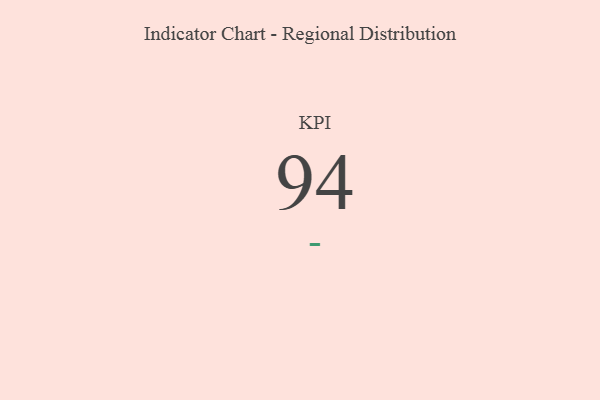
{"axis": {"x": "KPI", "y": "Value"}, "legend": [""], "data": [{"x": "KPI", "y": 94, "type": ""}]}